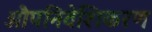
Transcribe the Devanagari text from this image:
औपनिवेशिकरण